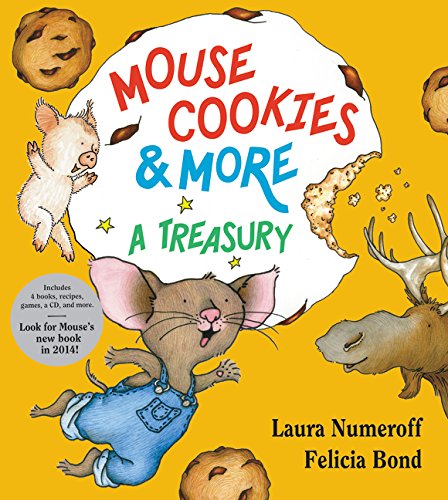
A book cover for Mouse Cookies & More: A Treasury (If You Give...); Laura Numeroff; Children's Books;